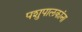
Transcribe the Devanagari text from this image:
पशुपालकांना